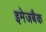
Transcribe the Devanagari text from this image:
इमेजबैक